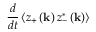
\frac { d } { d t } \left\langle z _ { + } \left( \mathbf { k } \right) z _ { - } ^ { * } \left( \mathbf { k } \right) \right\rangle